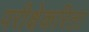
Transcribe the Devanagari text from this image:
परीक्षेकरिता